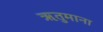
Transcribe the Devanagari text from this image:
ऋतुमाना